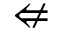
\nLeftarrow